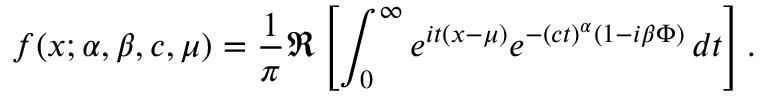
f ( x ; \alpha , \beta , c , \mu ) = { \frac { 1 } { \pi } } \Re \left[ \int _ { 0 } ^ { \infty } e ^ { i t ( x - \mu ) } e ^ { - ( c t ) ^ { \alpha } ( 1 - i \beta \Phi ) } \, d t \right] .